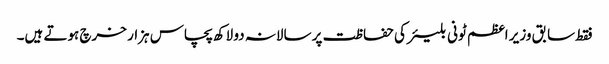
فقط سابق وزیر اعظم ٹونی بلیئر کی حفاظت پر سالانہ دو لاکھ پچاس ہزار خرچ ہوتے ہیں۔